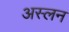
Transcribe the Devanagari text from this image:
अस्लन